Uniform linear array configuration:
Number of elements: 16
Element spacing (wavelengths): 0.75
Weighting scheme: exponential
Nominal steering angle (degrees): -15
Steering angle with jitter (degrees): -14.611
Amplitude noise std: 0.05
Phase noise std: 0.05

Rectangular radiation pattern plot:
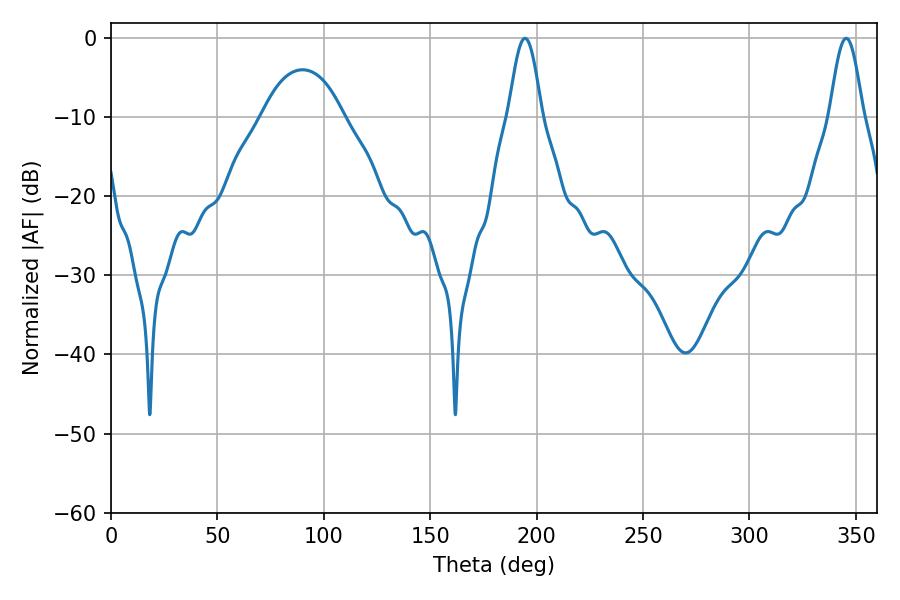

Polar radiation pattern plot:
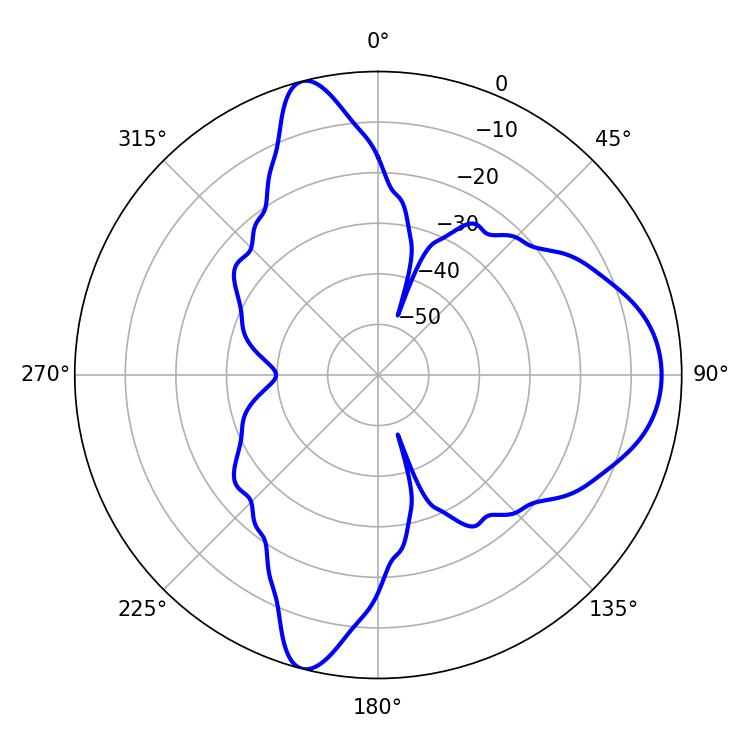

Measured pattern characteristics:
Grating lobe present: TRUE
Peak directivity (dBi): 11.923
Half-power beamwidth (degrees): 8.28
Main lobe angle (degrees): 194.58